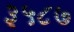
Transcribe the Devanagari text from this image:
३५८७